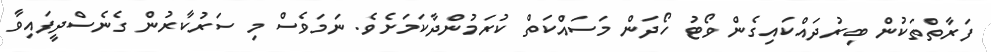
ފަރާތްތަކުން ބިރުދައްކައިގެން ވޯޓު ހޯދަން މަސައްކަތް ކުރަމުންދާކަމަށެވެ. ނަމަވެސް މި ސަރުކާރުން ގެނެސްދީފައިވާ